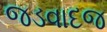
જડવાદજ